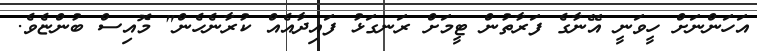
އަހަންނަށް ހީވަނީ އޭނާގެ ފަރާތުން ޓީމަށް ރަނގަޅު ފައިދާއެއް ކުރާނެހެން" މޮއިސް ބުންޏެވެ.